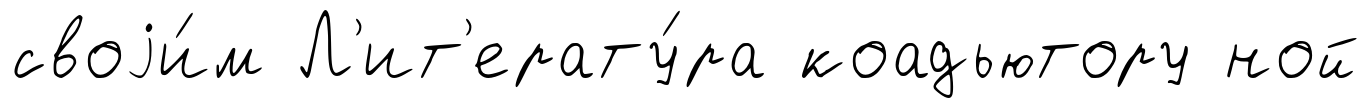
своjи́м Л'ит'ерату́ра коадьютору ной